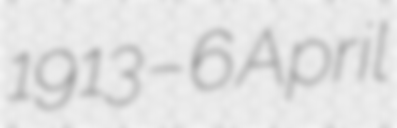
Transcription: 1913 – 6 April